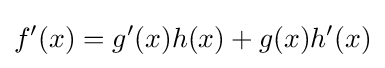
f'(x)=g'(x)h(x)+g(x)h'(x)